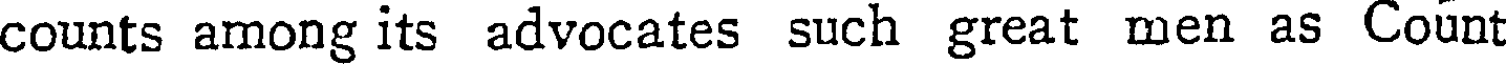
counts among its advocates such great men as Count